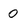
Character: 0